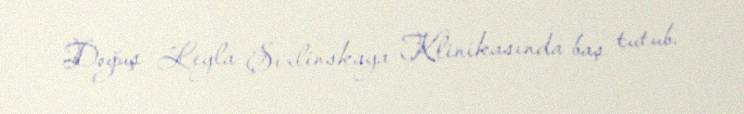
Doğuş Leyla Şıxlinskaya Klinikasında baş tutub.